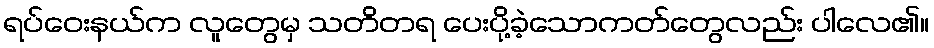
ရပ်ဝေးနယ်က လူတွေမှ သတိတရ ပေးပို့ခဲ့သောကတ်တွေလည်း ပါလေ၏။